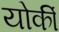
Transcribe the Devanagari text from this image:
योर्की